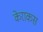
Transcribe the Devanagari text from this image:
केराकस